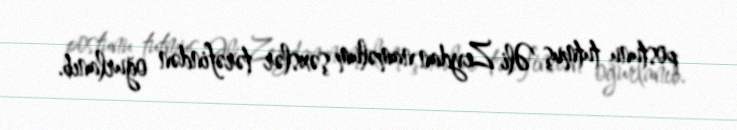
postunu tutmuş Əli Zeydan naməlum şəxslər tərəfindən oğurlanıb.